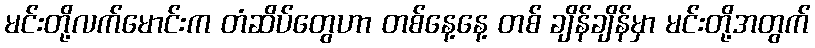
မင်းတို့လက်မောင်းက တံဆိပ်တွေဟာ တစ်နေ့နေ့ တစ် ချိန်ချိန်မှာ မင်းတို့အတွက်